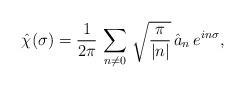
LaTeX: \begin{align*}\hat{\chi} (\sigma)=\frac{1}{2 \pi} \, \sum_{ n \ne 0 } \,\sqrt{ \frac{ \pi }{ | n | } } \,\hat{a}_n \, e^{ i n \sigma },\end{align*}